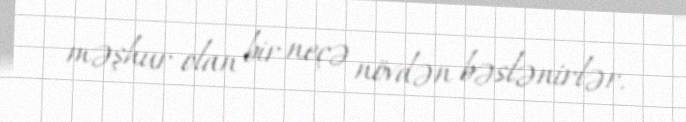
məşhur olan bir neçə növdən bəslənirlər.